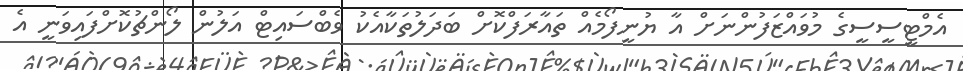
އެމްޓީސީސީގެ މުވައްޒަފުންނަށް އާ ޔުނީފޯމެއް ތައާރަފްކޮށް ބަދަލުތަކާއެކު ވެބްސައިޓް އަލުން ލޯންޗުކޮށްފައިވަނީ އެ